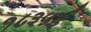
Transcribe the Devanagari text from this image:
१८३५ई